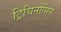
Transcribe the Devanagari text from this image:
ट्रिचिनोसिस